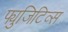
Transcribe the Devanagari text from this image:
फ्युजिटिव्स